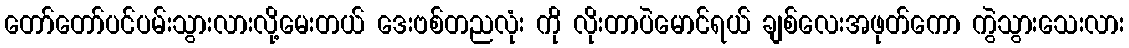
တော်တော်ပင်ပမ်းသွားလားလို့မေးတယ် ဒေးဗစ်တညလုံး ကို လိုးတာပဲမောင်ရယ် ချစ်လေးအဖုတ်ကော ကွဲသွားသေးလား